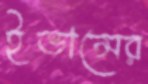
ইভান্সের